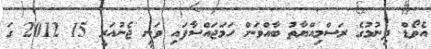
އެވޯޑް ދިނުމުގެ ރަސްމިއްޔާތު ބާއްވަން ހަމަޖައްސާފައި ވަނީ ޖެނުއަރީ 15 2012 ގަ